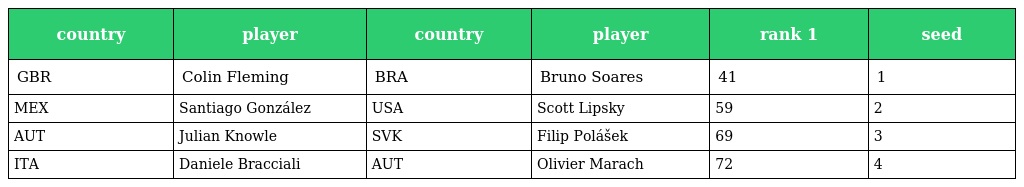
| country | player | country | player | rank 1 | seed |
 | --- | --- | --- | --- | --- | --- |
 | GBR | Colin Fleming | BRA | Bruno Soares | 41 | 1 |
 | MEX | Santiago González | USA | Scott Lipsky | 59 | 2 |
 | AUT | Julian Knowle | SVK | Filip Polášek | 69 | 3 |
 | ITA | Daniele Bracciali | AUT | Olivier Marach | 72 | 4 |